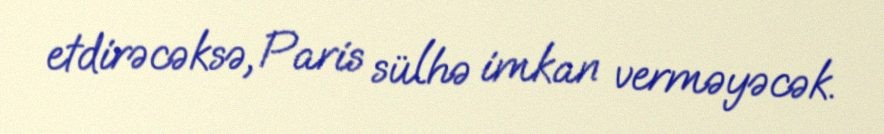
etdirəcəksə, Paris sülhə imkan verməyəcək.